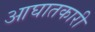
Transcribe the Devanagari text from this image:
आघातकारी